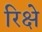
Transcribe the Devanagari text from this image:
रिक्षे